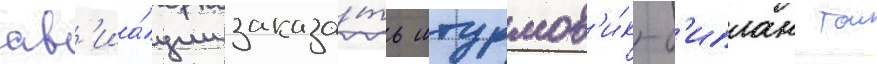
ав'иа́ции заказа́ть штурмов'и́к-б'иплан тои